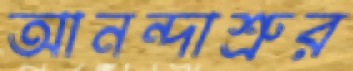
আনন্দাশ্রুর